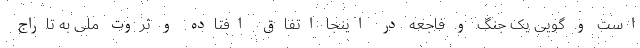
است و گویی یک جنگ و فاجعه در اینجا اتفاق افتاده و ثروت ملی به تاراج